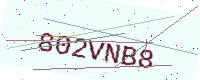
Text: 802VNB8